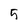
Character: 5